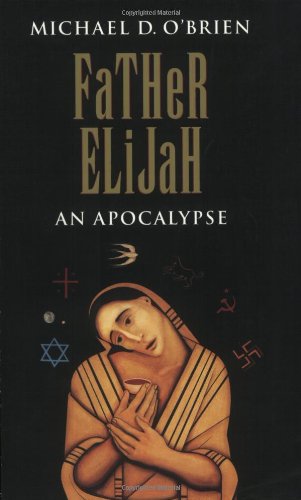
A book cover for Father Elijah: An Apocalypse; Michael O'Brien; Christian Books & Bibles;